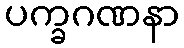
ပက္ခဂဏနာ